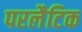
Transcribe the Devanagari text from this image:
परलैटिक